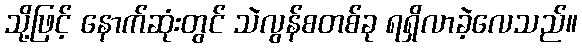
သို့ဖြင့် နောက်ဆုံးတွင် သဲလွန်စတစ်ခု ရရှိလာခဲ့လေသည်။